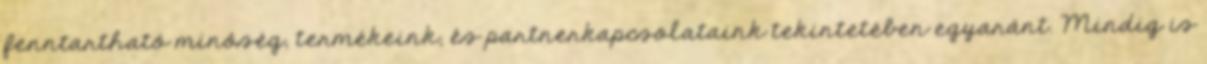
fenntartható minôség, termékeink, és partnerkapcsolataink tekintetében egyaránt. Mindig is